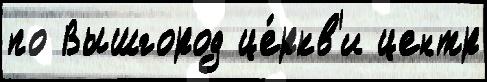
по Вышгород це́ркв'и центр